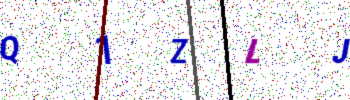
Text: Q1ZLJ